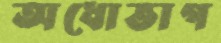
অধোভাগ